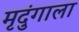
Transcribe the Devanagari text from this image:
मृदुंगाला